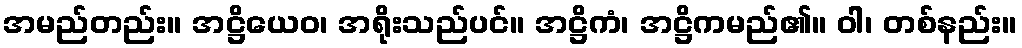
အမည်တည်း။ အဋ္ဌိယေဝ၊ အရိုးသည်ပင်။ အဋ္ဌိကံ၊ အဋ္ဌိကမည်၏။ ဝါ၊ တစ်နည်း။